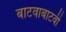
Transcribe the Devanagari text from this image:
बाटवाबाटवी